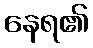
နေရ၏